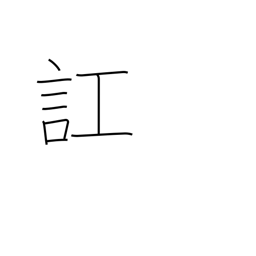
Meaning: get confused